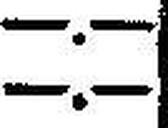
—.—